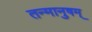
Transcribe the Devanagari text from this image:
तन्मानुषम्